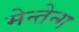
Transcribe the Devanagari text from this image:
मेन्तेन्ग